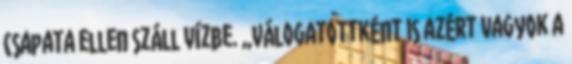
csapata ellen száll vízbe. „Válogatottként is azért vagyok a